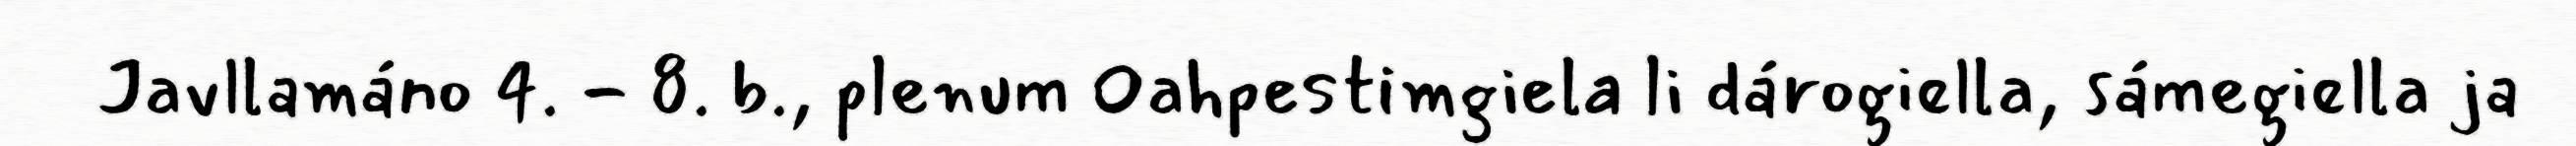
Javllamáno 4. - 8. b., plenum Oahpestimgiela li dárogiella, sámegiella ja